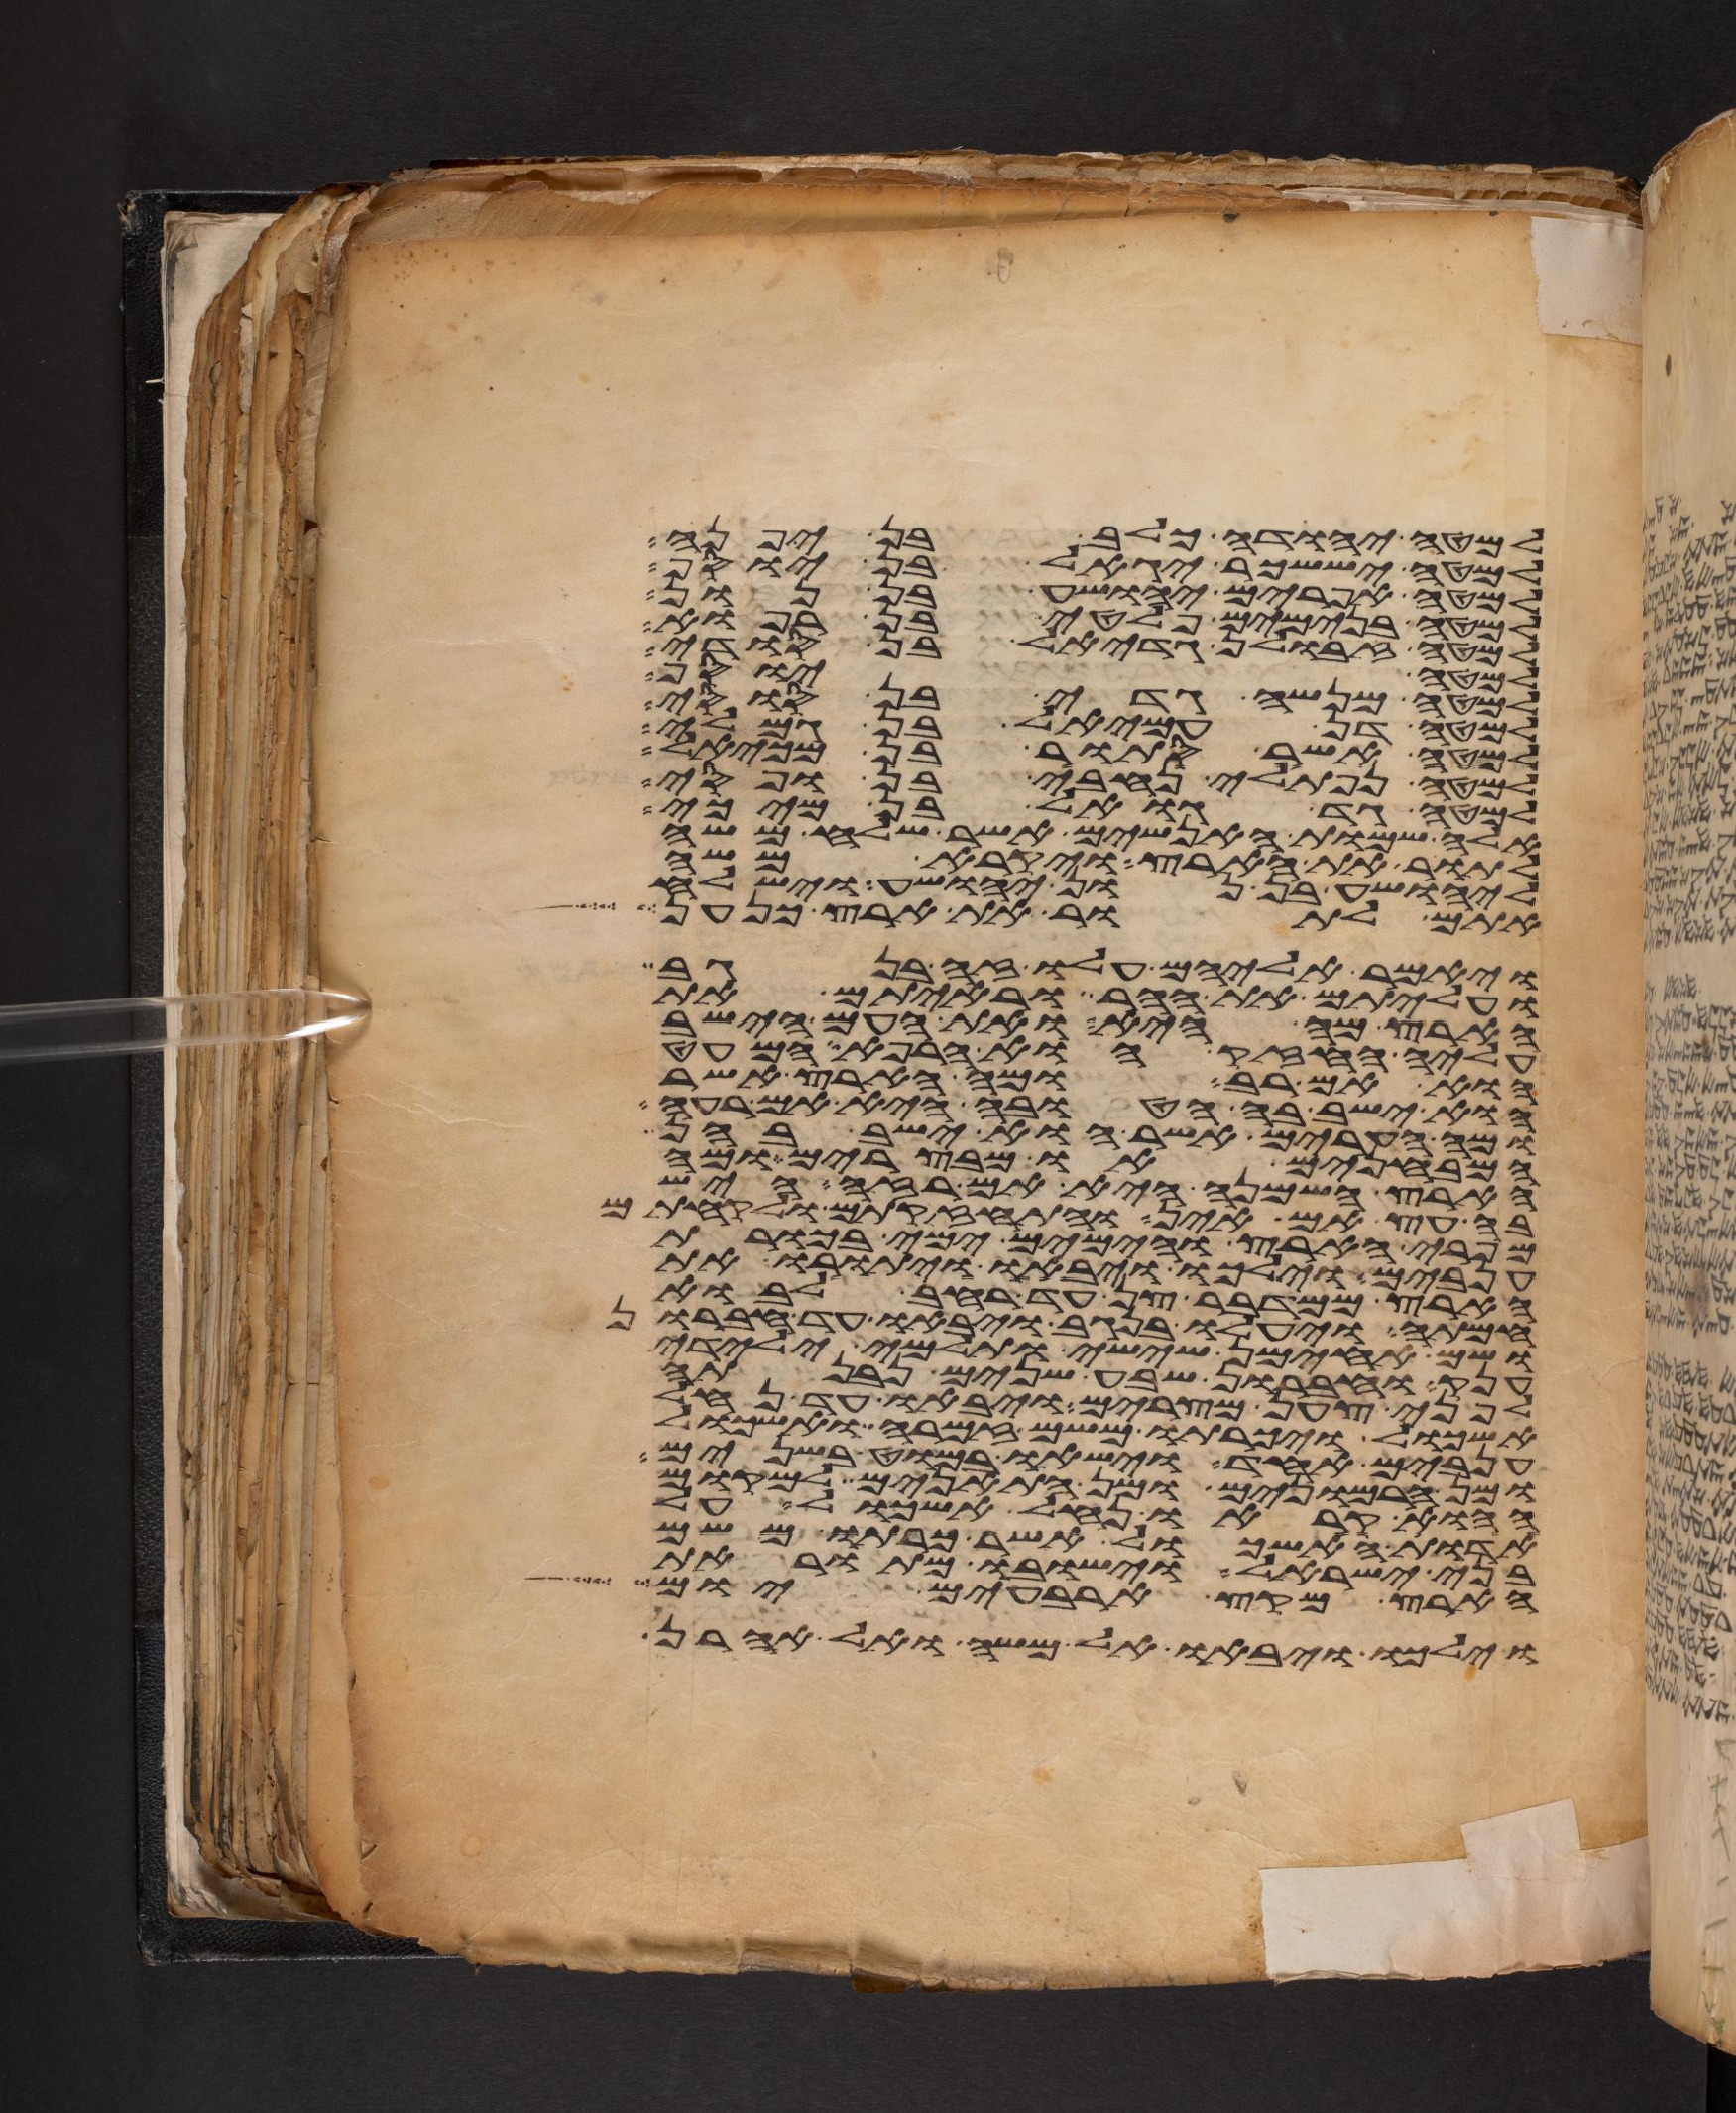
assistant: למטה יהודה כלב בן יפנה
למטה יששכר יגאל בן יוסף
למטה אפרים יהושע בן נון
למטה בנימים פלטי בן רפוא
למטה זבולן גדיאל בן סודי
למטה יוסף
למטה מנשה גדי בן סוסי
למטה דן עמיאל בן גמלי
למטה אשר סתור בן מיכאל
למטה נפתלי נחבי בן ופסי
למטה גד גואל בן מיכי
אלה שמות האנשים אשר שלח משה
לתור את הארץ ויקרא משה
ליהושע בן נון יהושע וישלח
אתם לתור את ארץ כנען
ויאמר אליהם עלו זה בנגב
ועליתם את ההר וראיתם את
הארץ מה היא ואת העם הישב
עליה החזק או הרפא המעט
הוא אם רב ומה הארץ אשר
הוא ישב בה הטובה היא אם רעה
ומה הערים אשר הוא ישב בהן
המבחנים או מבצרים ומה
הארץ השמנה היא אם רזה היש
בה עץ אם אין והתחזקתם ולקחתם
מפרי הארץ והימים ימי בכורת
ענבים וילכו ויבאו ויתורו את
הארץ ממדבר צן עד רחב לבוא
חמתה ויעלו בנגב ויבאו עד חברון
ושם אחימן ששי ותלמי ילידי
ענק וחברון שבע שנים נבנתה
לפני צען מצרים ויבאו עד נחל
אשכול ויכרתו משם זמרה ואשכול
ענבים אחד וישאו במוט בשנים
ומן הרמונים ומן התאנים למקום
ההוא קראו נחל אשכול על
אדות האשכול אשר כרתו משם
בני ישראל וישבו מתור את
הארץ מקץ ארבעים יום
וילכו ויבאו אל משה ואל אהרן